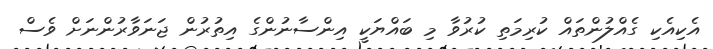
އެކިއެކި ގެއްލުންތައް ކުރިމަތި ކުރުވާ މި ބައްޔަކީ އިންސާނުންގެ އިތުރުން ޖަނަވާރުންނަށް ވެސް